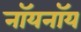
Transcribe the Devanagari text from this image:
नॉयनॉय